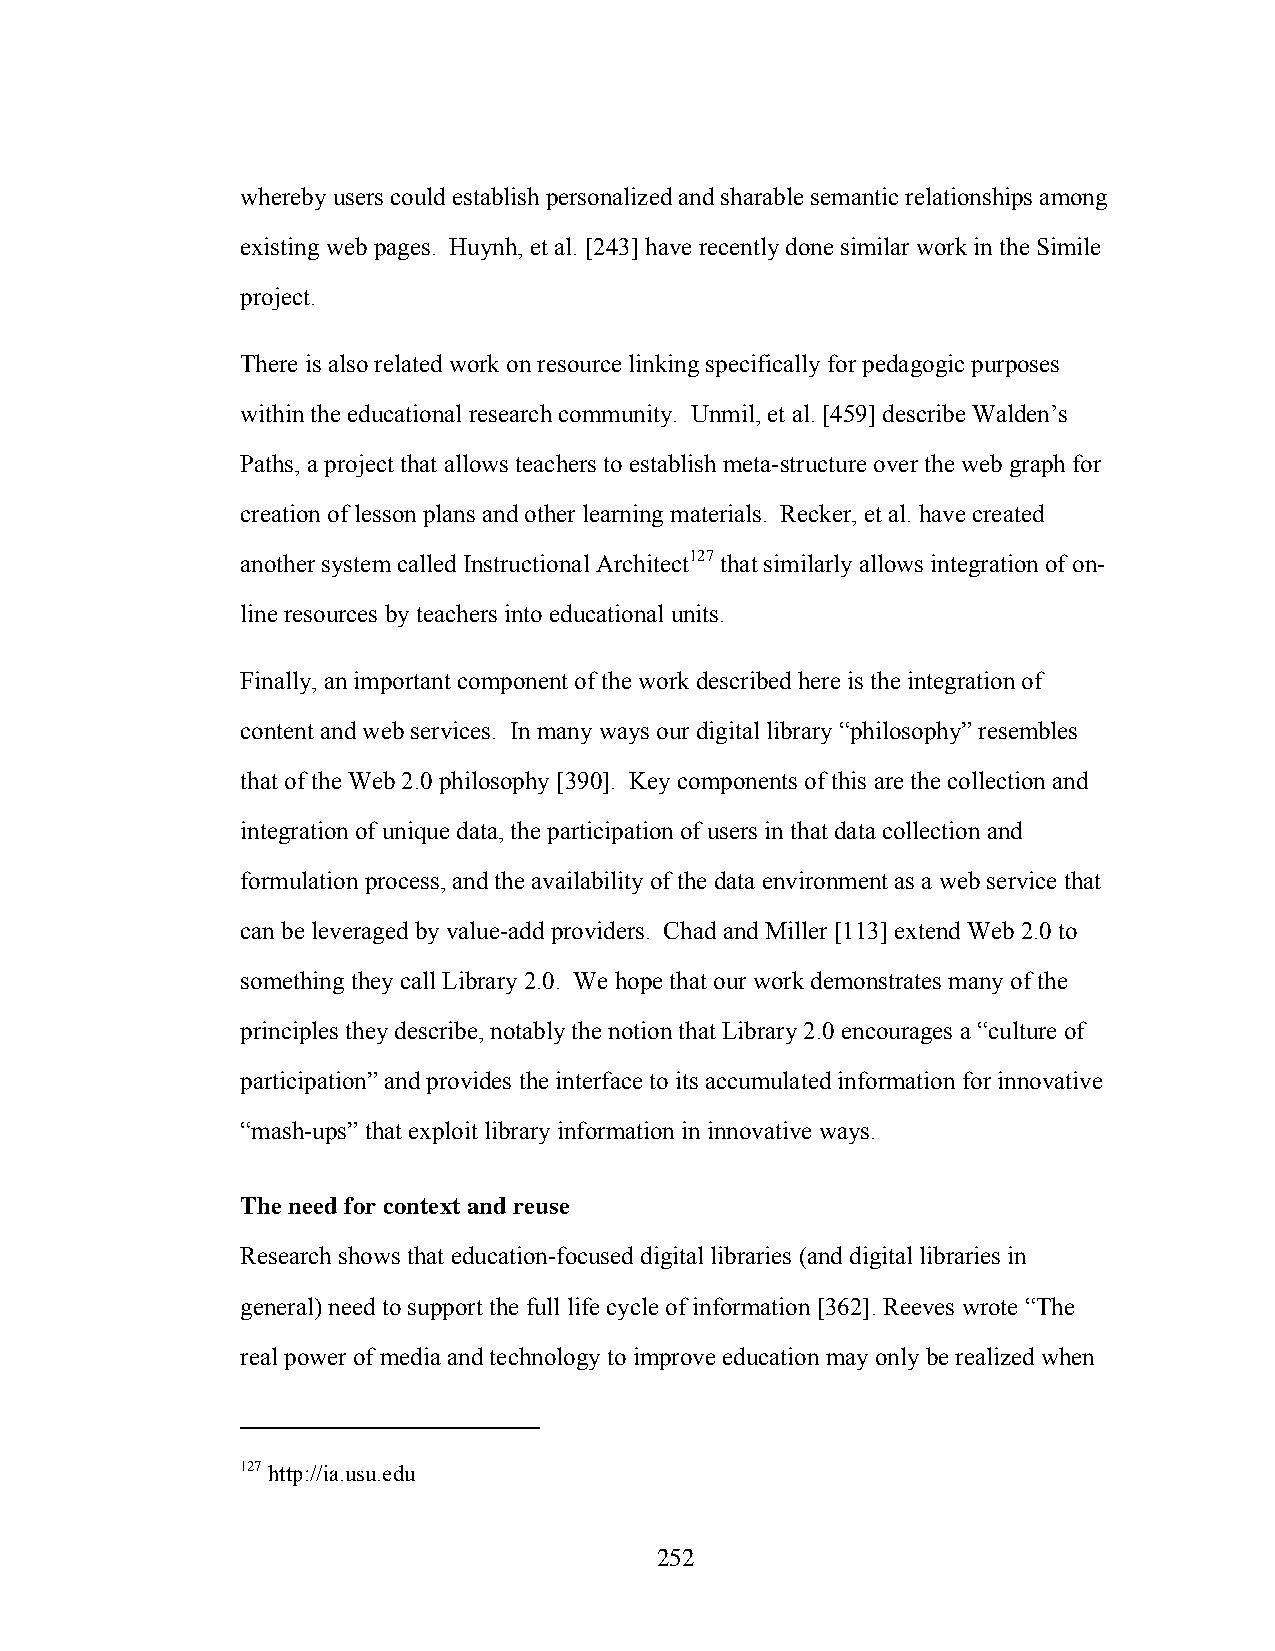
whereby users could establish personalized and sharable semantic relationships among
 existing web pages. Huynh, et al. [243] have recently done similar work in the Simile
 project.
 There is also related work on resource linking specifically for pedagogic purposes
 within the educational research community. Unmil, et al. [459] describe Walden’s
 Paths, a project that allows teachers to establish meta-structure over the web graph for
 creation of lesson plans and other learning materials. Recker, et al. have created
 another system called Instructional Architect127 that similarly allows integration of on-
 line resources by teachers into educational units.
 Finally, an important component of the work described here is the integration of
 content and web services. In many ways our digital library “philosophy” resembles
 that of the Web 2.0 philosophy [390]. Key components of this are the collection and
 integration of unique data, the participation of users in that data collection and
 formulation process, and the availability of the data environment as a web service that
 can be leveraged by value-add providers. Chad and Miller [113] extend Web 2.0 to
 something they call Library 2.0. We hope that our work demonstrates many of the
 principles they describe, notably the notion that Library 2.0 encourages a “culture of
 participation” and provides the interface to its accumulated information for innovative
 “mash-ups” that exploit library information in innovative ways.
 The need for context and reuse
 Research shows that education-focused digital libraries (and digital libraries in
 general) need to support the full life cycle of information [362]. Reeves wrote “The
 real power of media and technology to improve education may only be realized when
 127 http://ia.usu.edu
 252